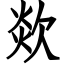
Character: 欻